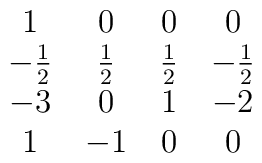
\matrix{ 1 & 0 & 0 & 0 \cr -{\frac{1}{2}} & {\frac{1}{2}} & {\frac{1}     {2}} & -{\frac{1}{2}} \cr -3 & 0 & 1 & -2 \cr 1 & -1 & 0 & 0 \cr  }